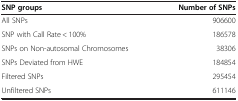
<table><thead><tr><td><b>SNP groups</b></td><td><b>Number of SNPs</b></td></tr></thead><tbody><tr><td>All SNPs</td><td>906600</td></tr><tr><td>SNP with Call Rate &lt; 100%</td><td>186578</td></tr><tr><td>SNPs on Non-autosomal Chromosomes</td><td>38306</td></tr><tr><td>SNPs Deviated from HWE</td><td>184854</td></tr><tr><td>Filtered SNPs</td><td>295454</td></tr><tr><td>Unfiltered SNPs</td><td>611146</td></tr></tbody></table>